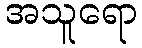
အသူရော